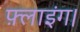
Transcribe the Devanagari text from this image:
फ़्लाइंग।